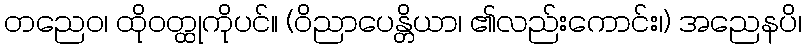
တညေဝ၊ ထိုဝတ္ထုကိုပင်။ (ဝိညာပေန္တိယာ၊ ၏လည်းကောင်း၊) အညေနပိ၊